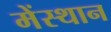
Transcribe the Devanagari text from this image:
मेंस्थान